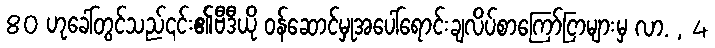
80 ဟုခေါ်တွင်သည်၎င်း၏ဗီဒီယို ဝန်ဆောင်မှုအပေါ်ရောင်းချလိပ်စာကြော်ငြာများမှ လာ. , 4